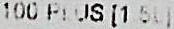
100 PLUS [1.50]